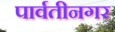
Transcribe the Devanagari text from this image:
पार्वतीनगर